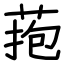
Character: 菢